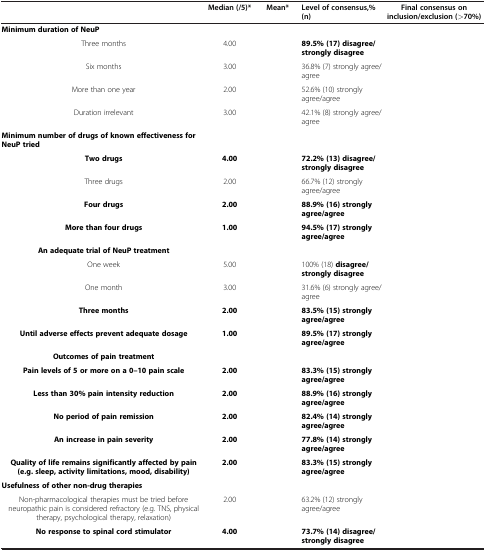
<table><thead><tr><td>[EMPTY_CELL]</td><td><b>Median (/5)*</b></td><td><b>Mean*</b></td><td><b>Level of consensus,% (n)</b></td><td><b>Final consensus on inclusion/exclusion (&gt;70%)</b></td></tr></thead><tbody><tr><td><b>Minimum duration of NeuP</b></td><td>[EMPTY_CELL]</td><td>[EMPTY_CELL]</td><td>[EMPTY_CELL]</td><td>[EMPTY_CELL]</td></tr><tr><td>Three months</td><td>4.00</td><td>[EMPTY_CELL]</td><td><b>89.5% (17) disagree/strongly disagree</b></td><td>[EMPTY_CELL]</td></tr><tr><td>Six months</td><td>3.00</td><td>[EMPTY_CELL]</td><td>36.8% (7) strongly agree/agree</td><td>[EMPTY_CELL]</td></tr><tr><td>More than one year</td><td>2.00</td><td>[EMPTY_CELL]</td><td>52.6% (10) strongly agree/agree</td><td>[EMPTY_CELL]</td></tr><tr><td>Duration irrelevant</td><td>3.00</td><td>[EMPTY_CELL]</td><td>42.1% (8) strongly agree/agree</td><td>[EMPTY_CELL]</td></tr><tr><td><b>Minimum number of drugs of known effectiveness for NeuP tried</b></td><td>[EMPTY_CELL]</td><td>[EMPTY_CELL]</td><td>[EMPTY_CELL]</td><td>[EMPTY_CELL]</td></tr><tr><td><b>Two drugs</b></td><td><b>4.00</b></td><td>[EMPTY_CELL]</td><td><b>72.2% (13) disagree/strongly disagree</b></td><td>[EMPTY_CELL]</td></tr><tr><td>Three drugs</td><td>2.00</td><td>[EMPTY_CELL]</td><td>66.7% (12) strongly agree/agree</td><td>[EMPTY_CELL]</td></tr><tr><td><b>Four drugs</b></td><td><b>2.00</b></td><td>[EMPTY_CELL]</td><td><b>88.9% (16) strongly agree/agree</b></td><td>[EMPTY_CELL]</td></tr><tr><td><b>More than four drugs</b></td><td><b>1.00</b></td><td>[EMPTY_CELL]</td><td><b>94.5% (17) strongly agree/agree</b></td><td>[EMPTY_CELL]</td></tr><tr><td><b>An adequate trial of NeuP treatment</b></td><td>[EMPTY_CELL]</td><td>[EMPTY_CELL]</td><td>[EMPTY_CELL]</td><td>[EMPTY_CELL]</td></tr><tr><td>One week</td><td>5.00</td><td>[EMPTY_CELL]</td><td>100% (18) <b>disagree/strongly disagree</b></td><td>[EMPTY_CELL]</td></tr><tr><td>One month</td><td>3.00</td><td>[EMPTY_CELL]</td><td>31.6% (6) strongly agree/agree</td><td>[EMPTY_CELL]</td></tr><tr><td><b>Three months</b></td><td><b>2.00</b></td><td>[EMPTY_CELL]</td><td><b>83.5% (15) strongly agree/agree</b></td><td>[EMPTY_CELL]</td></tr><tr><td><b>Until adverse effects prevent adequate dosage</b></td><td><b>1.00</b></td><td>[EMPTY_CELL]</td><td><b>89.5% (17) strongly agree/agree</b></td><td>[EMPTY_CELL]</td></tr><tr><td><b>Outcomes of pain treatment</b></td><td>[EMPTY_CELL]</td><td>[EMPTY_CELL]</td><td>[EMPTY_CELL]</td><td>[EMPTY_CELL]</td></tr><tr><td><b>Pain levels of 5 or more on a 0–10 pain scale</b></td><td><b>2.00</b></td><td>[EMPTY_CELL]</td><td><b>83.3% (15) strongly agree/agree</b></td><td>[EMPTY_CELL]</td></tr><tr><td><b>Less than 30% pain intensity reduction</b></td><td><b>2.00</b></td><td>[EMPTY_CELL]</td><td><b>88.9% (16) strongly agree/agree</b></td><td>[EMPTY_CELL]</td></tr><tr><td><b>No period of pain remission</b></td><td><b>2.00</b></td><td>[EMPTY_CELL]</td><td><b>82.4% (14) strongly agree/agree</b></td><td>[EMPTY_CELL]</td></tr><tr><td><b>An increase in pain severity</b></td><td><b>2.00</b></td><td>[EMPTY_CELL]</td><td><b>77.8% (14) strongly agree/agree</b></td><td>[EMPTY_CELL]</td></tr><tr><td><b>Quality of life remains significantly affected by pain (e.g. sleep, activity limitations, mood, disability)</b></td><td><b>2.00</b></td><td>[EMPTY_CELL]</td><td><b>83.3% (15) strongly agree/agree</b></td><td>[EMPTY_CELL]</td></tr><tr><td><b>Usefulness of other non-drug therapies</b></td><td>[EMPTY_CELL]</td><td>[EMPTY_CELL]</td><td>[EMPTY_CELL]</td><td>[EMPTY_CELL]</td></tr><tr><td>Non-pharmacological therapies must be tried before neuropathic pain is considered refractory (e.g. TNS, physical therapy, psychological therapy, relaxation)</td><td>2.00</td><td>[EMPTY_CELL]</td><td>63.2% (12) strongly agree/agree</td><td>[EMPTY_CELL]</td></tr><tr><td><b>No response to spinal cord stimulator</b></td><td><b>4.00</b></td><td>[EMPTY_CELL]</td><td><b>73.7% (14) disagree/strongly disagree</b></td><td>[EMPTY_CELL]</td></tr></tbody></table>